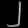
Digit: ၂